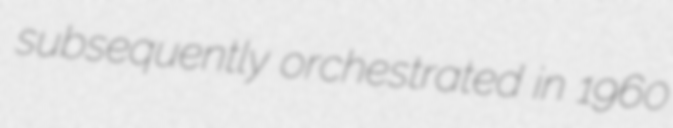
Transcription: subsequently orchestrated in 1960